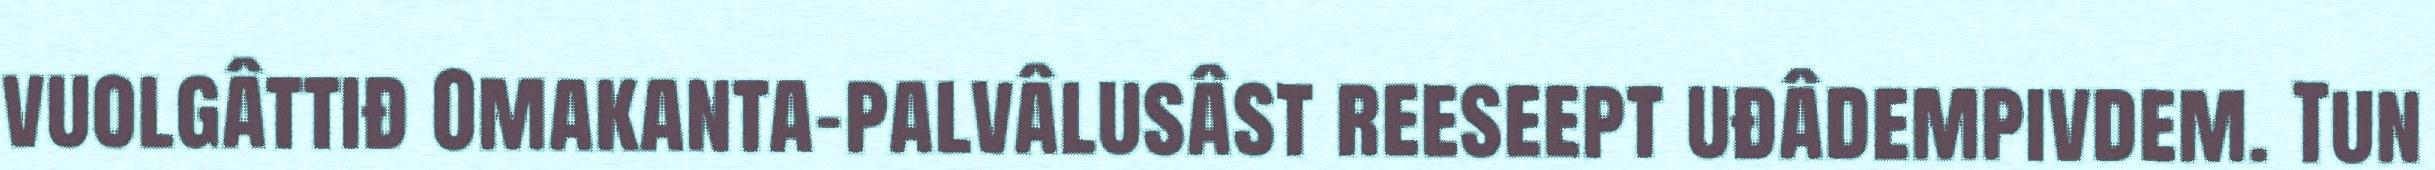
vuolgâttiđ Omakanta-palvâlusâst reeseept uđâdempivdem. Tun